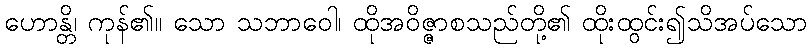
ဟောန္တိ၊ ကုန်၏။ သော သဘာဝေါ၊ ထိုအဝိဇ္ဇာစသည်တို့၏ ထိုးထွင်း၍သိအပ်သော